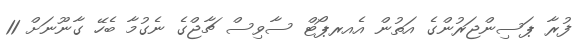
ފުރާ ޕަސިންޖަރުންގެ އަތުން އެއރޕޯޓް ސާވިސް ޗާޖްގެ ނެގުމާ ބެހޭ ގާނޫނަށް 11